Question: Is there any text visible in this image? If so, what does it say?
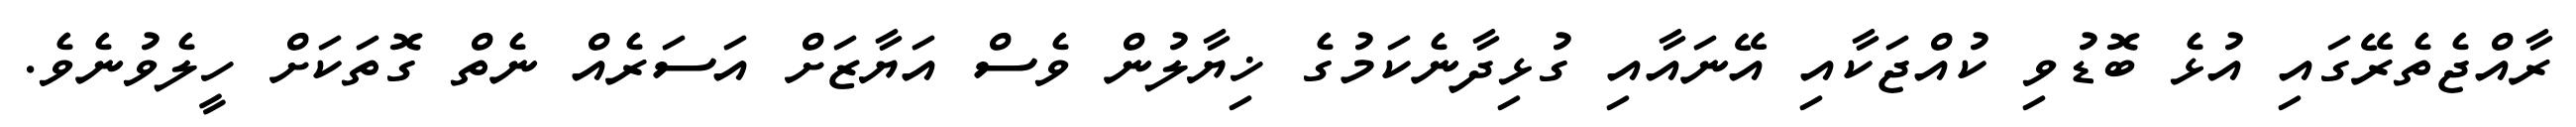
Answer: ރާއްޖެތެރޭގައި އުޅެ ބޮޑުވި ކުއްޖަކާއި އޭނައާއި ގުޅިދާނެކަމުގެ ޚިޔާލުން ވެސް އަޔާޒަށް އަސަރެއް ނެތް ގޮތަކަށް ހީލެވުނެވެ.